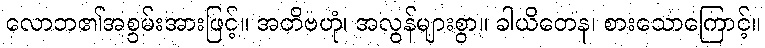
လောဘ၏အစွမ်းအားဖြင့်။ အတိဗဟုံ၊ အလွန်များစွာ။ ခါယိတေန၊ စားသောကြောင့်။